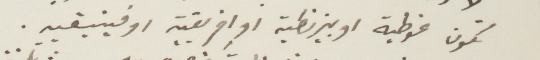
تكون غوطية او بيزنطية أو افريقية او فينيقية